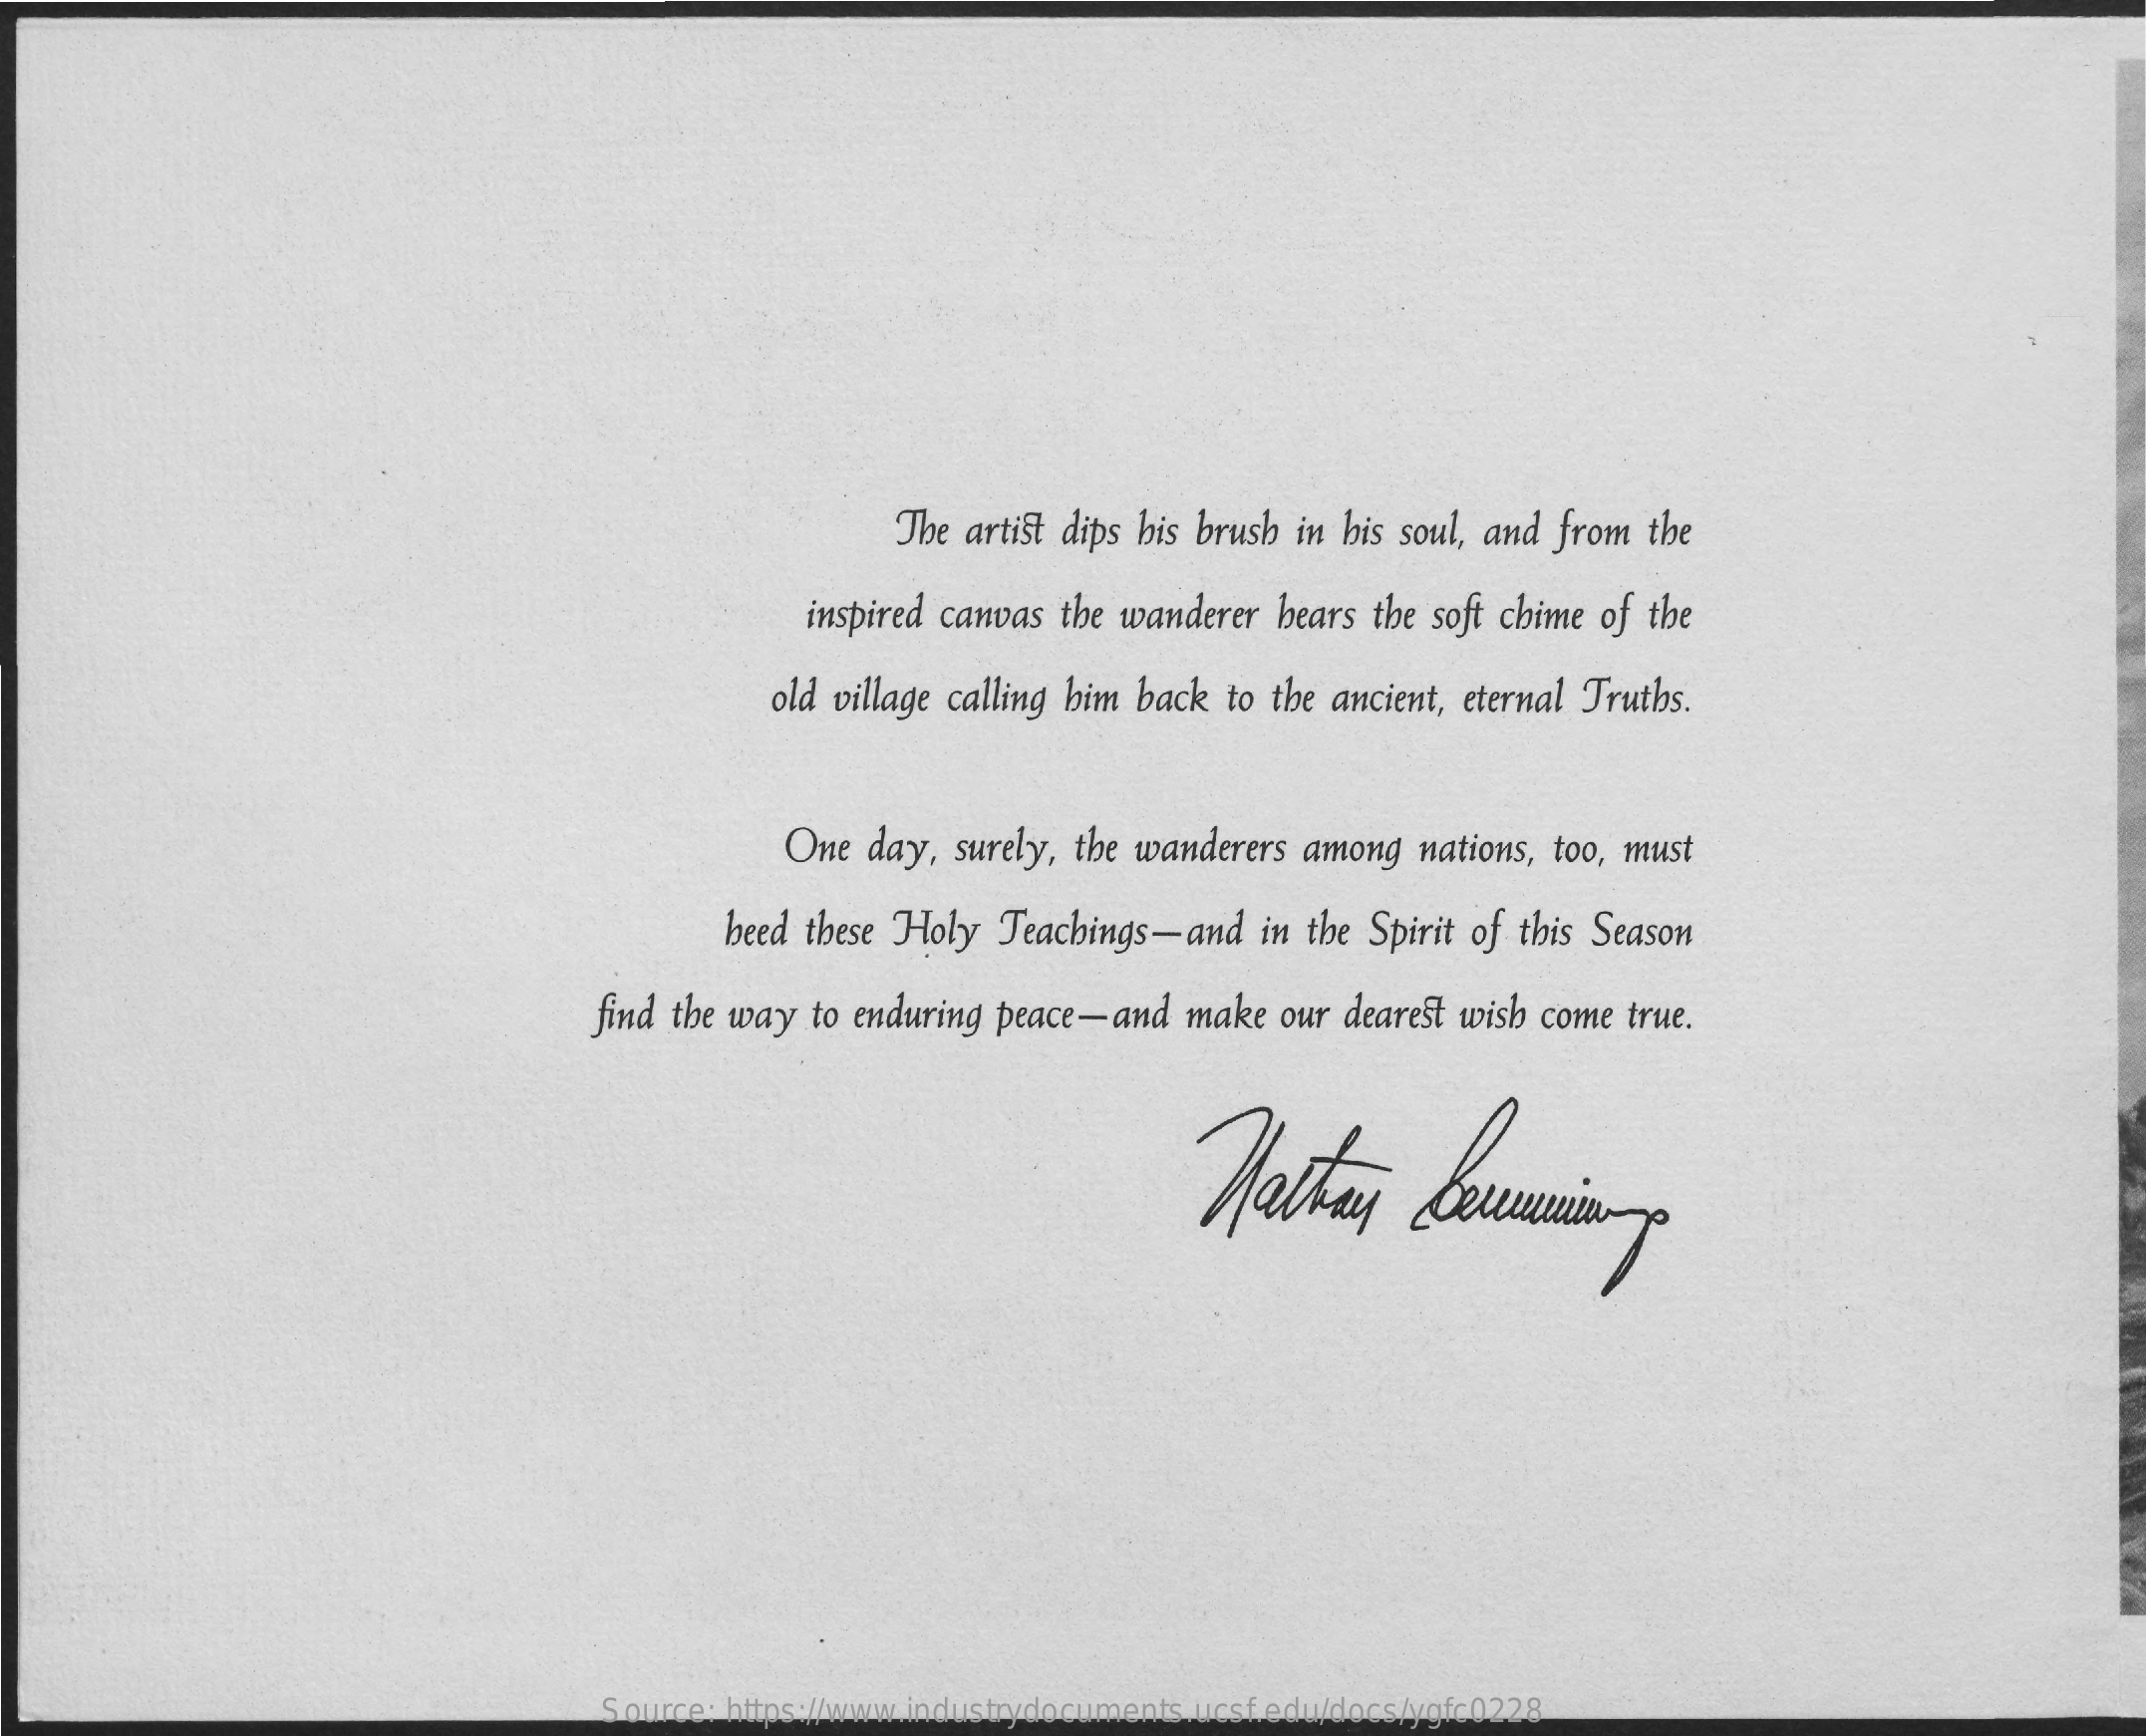
The artist dips his brush in his soul, and from the
     inspired canvas the wanderer bears the soft chime of the
     old village calling him back to the ancient, eternal Truths.
     One day,  surely, the wanderers among  nations, too, must
     heed these Holy Teachings-and    in the Spirit of this Season
     find the way  to enduring peace-and  make  our dearest wish come true.
     Source: https://www.industrydocuments.ucsf.edu/docs/ygfc0228